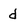
Character: d